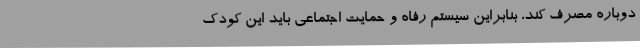
دوباره مصرف کند، بنابراین سیستم رفاه و حمایت اجتماعی باید این کودک